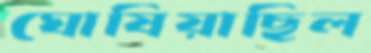
ঘোষিয়াছিল